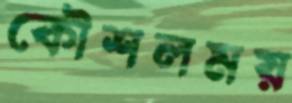
কৌশলময়